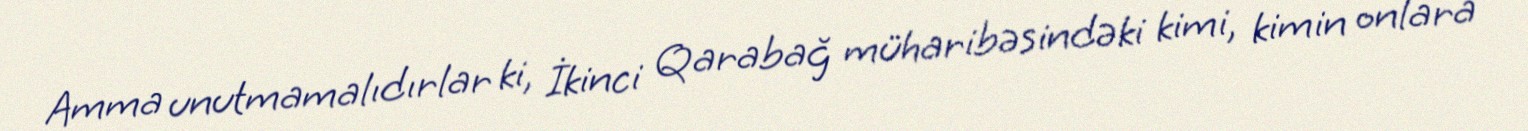
Amma unutmamalıdırlar ki, İkinci Qarabağ müharibəsindəki kimi, kimin onlara